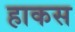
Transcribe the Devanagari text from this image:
हाकस